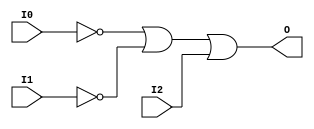
// $Header: /devl/xcs/repo/env/Databases/CAEInterfaces/verunilibs/data/uni9000/OR3B2.v,v 1.4 2007/05/23 20:05:11 patrickp Exp $
///////////////////////////////////////////////////////////////////////////////
// Copyright (c) 1995/2004 Xilinx, Inc.
// All Right Reserved.
///////////////////////////////////////////////////////////////////////////////
//   ____  ____
//  /   /\/   /
// /___/  \  /    Vendor : Xilinx
// \   \   \/     Version : 7.1i (H.19)
//  \   \         Description : Xilinx Functional Simulation Library Component
//  /   /                  3-input OR Gate
// /___/   /\     Filename : OR3B2.v
// \   \  /  \    Timestamp : Thu Mar 25 16:42:08 PST 2004
//  \___\/\___\
//
// Revision:
//    03/23/04 - Initial version.
//    05/23/07 - Added wire declaration for internal signals.
//    05/23/07 - Changed timescale to 1 ps / 1 ps.

`timescale  1 ps / 1 ps

`celldefine

module OR3B2 (O, I0, I1, I2);


    output O;

    input  I0, I1, I2;

    wire i0_inv;
    wire i1_inv;

    not N1 (i1_inv, I1);
    not N0 (i0_inv, I0);
    or O1 (O, i0_inv, i1_inv, I2);

    specify
	(I0 *> O) = (0, 0);
	(I1 *> O) = (0, 0);
	(I2 *> O) = (0, 0);
    endspecify

endmodule

`endcelldefine